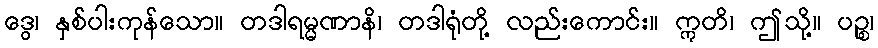
ဒွေ၊ နှစ်ပါးကုန်သော။ တဒါရမ္မဏာနိ၊ တဒါရုံတို့ လည်းကောင်း။ ဣတိ၊ ဤသို့။ ပဉ္စ၊